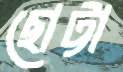
ছোট্টা